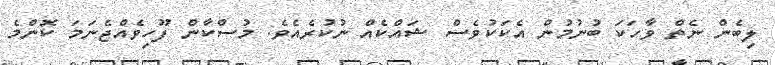
ލިބެން ނެތް ވާހަކަ ބުނުމުން އެކަކުވެސް ޝައްކެއް ނުކުރެއެވެ. މުސްކާން ފޫހިވެއްޖެނަމަ ކޮންމެ